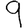
Digit: 9